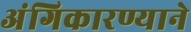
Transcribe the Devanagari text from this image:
अंगिकारण्याने